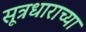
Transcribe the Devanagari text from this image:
सूत्रधाराच्या